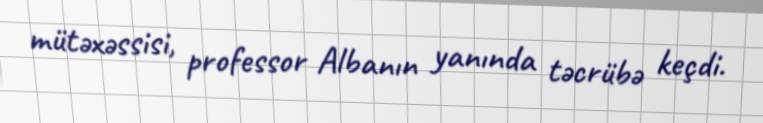
mütəxəssisi, professor Albanın yanında təcrübə keçdi.